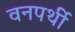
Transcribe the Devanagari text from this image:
वनपर्थी